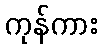
ကုန်ကား